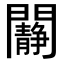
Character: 𨷧